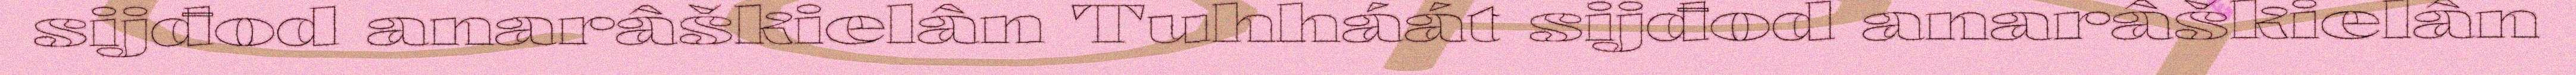
sijđod anarâškielân Tuhháát sijđod anarâškielân